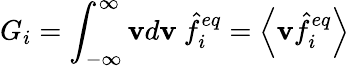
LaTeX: G_{i}=\int_{-\infty}^{\infty}\mathbf{v}d\mathbf{v}\ \hat{{f}}_{i}^{eq}=\left\langle\mathbf{v}\hat{{f}}_{i}^{eq}\right\rangle